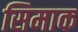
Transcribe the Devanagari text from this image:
सिमाक